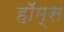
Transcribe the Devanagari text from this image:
हाॅम्स